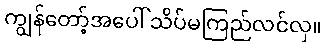
ကျွန်တော့်အပေါ် သိပ်မကြည်လင်လှ။